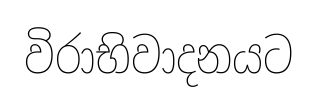
විරාභිවාදනයට